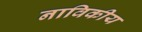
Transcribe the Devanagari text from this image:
नाविकीय